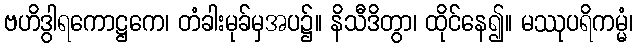
ဗဟိဒွါရကောဋ္ဌကေ၊ တံခါးမုခ်မှအပ၌။ နိသီဒိတွာ၊ ထိုင်နေ၍။ မဿုပရိကမ္မံ၊